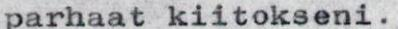
parhaat kiitokseni.